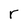
Character: r